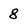
Character: 8